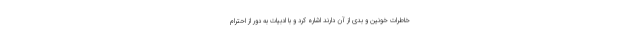
خاطراتِ خونین و بدی از آن دارند اشاره کرد و با ادبیات به دور از احترام